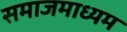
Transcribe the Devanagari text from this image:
समाजमाध्यम